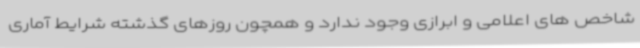
شاخص های اعلامی و ابرازی وجود ندارد و همچون روزهای گذشته شرایط آماری